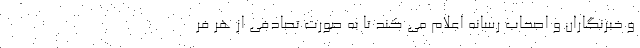
و خبرنگاران و اصحاب رسانه اعلام می کند تا به صورت تصادفی از هر فر